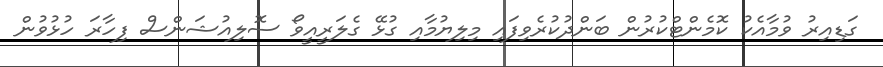
ގަޑިއިރު ވުމާއެކު ކޮމެންޓްކުރުން ބަންދުކުރެވިފައި މިލިޔުމާއި ގުޅޭ ގެލަރީއީވޯ ސޮލިއުޝަންސް ފިހާރަ ހުޅުވުން